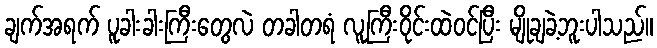
ချက်အရက် ပူခါးခါးကြီးတွေလဲ တခါတရံ လူကြီးဝိုင်းထဲဝင်ပြီး မျိုချခဲ့ဘူးပါသည်။